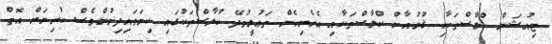
ޓިއުޝަން ކްލާސްތަކާއި ޤުރުއާން ކްލާސްތަކާއި އެހެނިހެން ތަޢުލީމުދޭ ކްލާސްތަކުގައި ކިޔަވައިދިނުންވެސް ކުރިޔަށް އޮތް